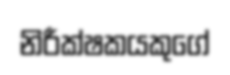
නිරීක්ෂකයකුගේ